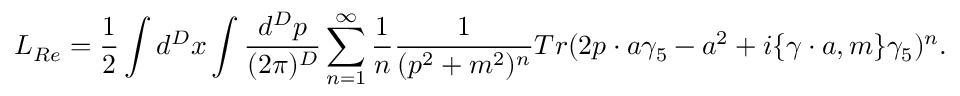
{ \cal L } _ { R e } = { \frac { 1 } { 2 } } \int d ^ { D } x \int \frac { d ^ { D } p } { ( 2 \pi ) ^ { D } } \sum _ { n = 1 } ^ { \infty } { \frac { 1 } { n } } \frac { 1 } { ( p ^ { 2 } + m ^ { 2 } ) ^ { n } } T r ( 2 p \cdot a \gamma _ { 5 } - a ^ { 2 } + i \{ \gamma \cdot a , m \} \gamma _ { 5 } ) ^ { n } .